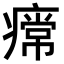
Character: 𤹰